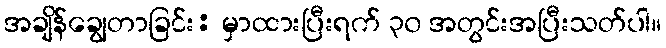
အချိန်ချွေတာခြင်း: မှာထားပြီးရက် ၃၀ အတွင်းအပြီးသတ်ပါ။